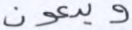
ويدعون